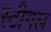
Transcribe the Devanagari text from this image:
स्टीगल